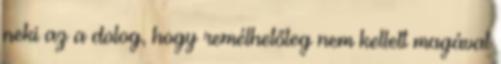
neki az a dolog, hogy remélhetőleg nem kellett magával